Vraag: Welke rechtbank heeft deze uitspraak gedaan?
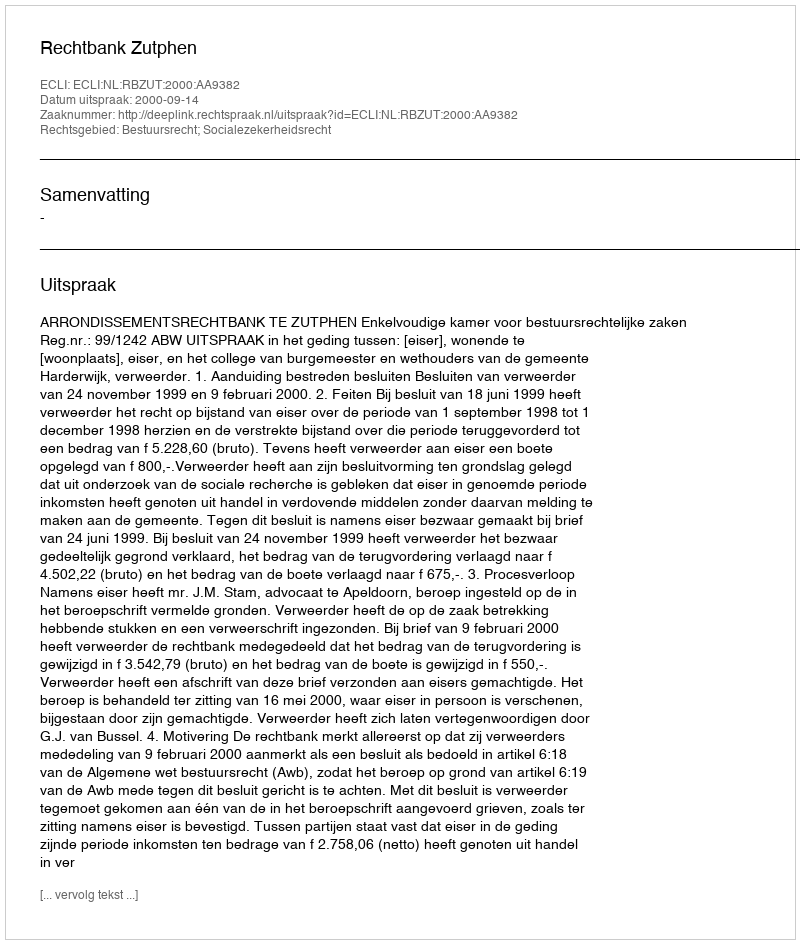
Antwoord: Rechtbank Zutphen